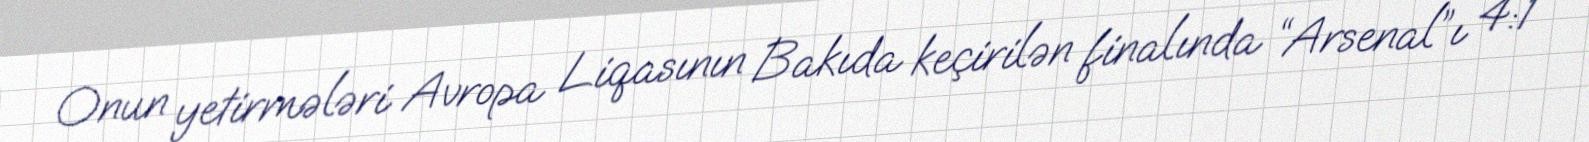
Onun yetirmələri Avropa Liqasının Bakıda keçirilən finalında “Arsenal”ı 4:1